Subject: cs
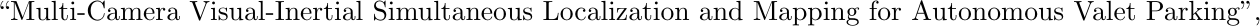
LaTeX code:
\begin{tikzpicture}[overlay, remember picture]
\path (current page.north east) ++(-3.5,-0.8) node[below left] {
  ``Multi-Camera Visual-Inertial Simultaneous Localization and Mapping for Autonomous Valet Parking'',
};
\end{tikzpicture}